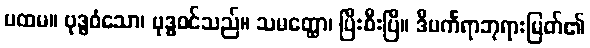
ပထမ။ ဗုဒ္ဓဝံသော၊ ဗုဒ္ဓဝင်သည်။ သမတ္ထော၊ ပြီးစီးပြီ။ ဒီပင်္ကရာဘုရားမြတ်၏